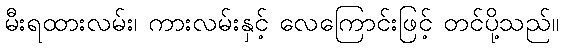
မီးရထားလမ်း၊ ကားလမ်းနှင့် လေကြောင်းဖြင့် တင်ပို့သည်။